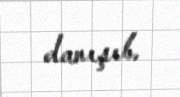
danışıb.